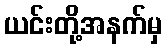
ယင်းတို့အနက်မှ